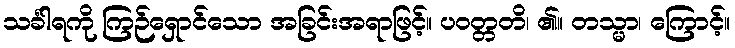
သင်္ခါရကို ကြဉ်ရှောင်သော အခြင်းအရာဖြင့်။ ပဝတ္တတိ၊ ၏။ တသ္မာ၊ ကြောင့်။